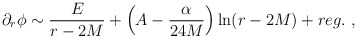
\begin{align*}\partial_r\phi \sim \frac{E}{r-2M} +\left(A-\frac{\alpha}{24M}\right)\ln(r-2M) + reg. \ ,\end{align*}